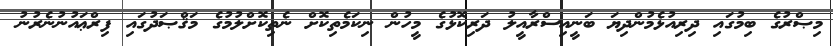
މިޞްރުގެ ބިމުގައި ދިރިއުޅެމުންދިޔަ ބަނީއިސްރާއީލު ދަރިކޮޅުގެ މީހުން ނިކަމެތިކޮށް ނެތިކޮށްލުމުގެ މަޤްޞަދުގައި ފިރްޢައުނުނެރުނު